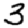
Digit: 3